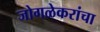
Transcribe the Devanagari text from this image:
जोगळेकरांचा